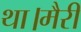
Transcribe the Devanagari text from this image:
था।मैरी